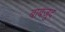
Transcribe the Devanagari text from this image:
बाबजुद